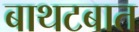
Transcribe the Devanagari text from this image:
बाथटबात